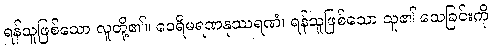
ရန်သူဖြစ်သော လူတို့၏။ ဝေရိမရဏနုဿရဏံ၊ ရန်သူဖြစ်သော သူ၏ သေခြင်းကို